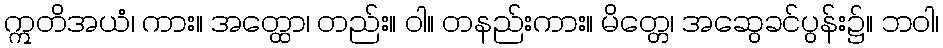
ဣတိအယံ၊ ကား။ အတ္ထော၊ တည်း။ ဝါ။ တနည်းကား။ မိတ္တေ၊ အဆွေခင်ပွန်း၌။ ဘဝါ၊